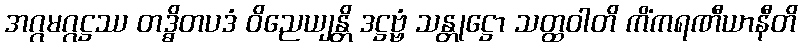
အဂ္ဂမဂ္ဂဋ္ဌဿ တဒ္ဓိတပဒံ ဝိညေယျန္တိ ဒဋ္ဌဗ္ဗံ သန္တုဋ္ဌော သတ္ထဝါတိ ကိံကရဏီယာနီတိ